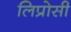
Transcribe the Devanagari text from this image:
लिप्रोसी